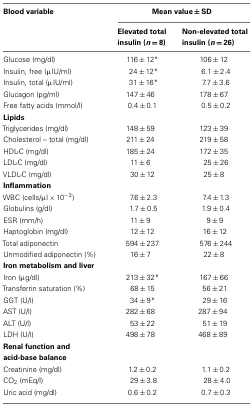
<table><thead><tr><td><b>Blood variable</b></td><td colspan="2"><b>Mean value ± SD</b></td></tr><tr><td></td><td><b>Elevated total insulin (<i>n</i> = 8)</b></td><td><b>Non-elevated total insulin (<i>n</i> = 26)</b></td></tr></thead><tbody><tr><td>Glucose (mg/dl)</td><td>116 ± 12*</td><td>106 ± 12</td></tr><tr><td>Insulin, free (μIU/ml)</td><td>24 ± 12*</td><td>6.1 ± 2.4</td></tr><tr><td>Insulin, total (μIU/ml)</td><td>31 ± 16*</td><td>7.7 ± 3.6</td></tr><tr><td>Glucagon (pg/ml)</td><td>147 ± 46</td><td>178 ± 67</td></tr><tr><td>Free fatty acids (mmol/l)</td><td>0.4 ± 0.1</td><td>0.5 ± 0.2</td></tr><tr><td><b>Lipids</b></td></tr><tr><td>Triglycerides (mg/dl)</td><td>148 ± 59</td><td>123 ± 39</td></tr><tr><td>Cholesterol – total (mg/dl)</td><td>211 ± 24</td><td>219 ± 58</td></tr><tr><td>HDL-C (mg/dl)</td><td>185 ± 24</td><td>172 ± 35</td></tr><tr><td>LDL-C (mg/dl)</td><td>11 ± 6</td><td>25 ± 26</td></tr><tr><td>VLDL-C (mg/dl)</td><td>30 ± 12</td><td>25 ± 8</td></tr><tr><td><b>Inflammation</b></td></tr><tr><td>WBC (cells/μl × 10<sup>−3</sup>)</td><td>7.6 ± 2.3</td><td>7.4 ± 1.3</td></tr><tr><td>Globulins (g/dl)</td><td>1.7 ± 0.5</td><td>1.9 ± 0.4</td></tr><tr><td>ESR (mm/h)</td><td>11 ± 9</td><td>9 ± 9</td></tr><tr><td>Haptoglobin (mg/dl)</td><td>12 ± 12</td><td>16 ± 12</td></tr><tr><td>Total adiponectin</td><td>594 ± 237</td><td>576 ± 244</td></tr><tr><td>Unmodified adiponectin (%)</td><td>16 ± 7</td><td>22 ± 8</td></tr><tr><td><b>Iron metabolism and liver</b></td></tr><tr><td>Iron (μg/dl)</td><td>213 ± 32*</td><td>167 ± 66</td></tr><tr><td>Transferrin saturation (%)</td><td>68 ± 15</td><td>56 ± 21</td></tr><tr><td>GGT (U/l)</td><td>34 ± 9*</td><td>29 ± 16</td></tr><tr><td>AST (U/l)</td><td>282 ± 68</td><td>287 ± 94</td></tr><tr><td>ALT (U/l)</td><td>53 ± 22</td><td>51 ± 19</td></tr><tr><td>LDH (U/l)</td><td>498 ± 78</td><td>468 ± 89</td></tr><tr><td><b>Renal function and acid-base balance</b></td></tr><tr><td>Creatinine (mg/dl)</td><td>1.2 ± 0.2</td><td>1.1 ± 0.2</td></tr><tr><td>CO<sub>2</sub> (mEq/l)</td><td>29 ± 3.8</td><td>28 ± 4.0</td></tr><tr><td>Uric acid (mg/dl)</td><td>0.6 ± 0.2</td><td>0.7 ± 0.3</td></tr></tbody></table>